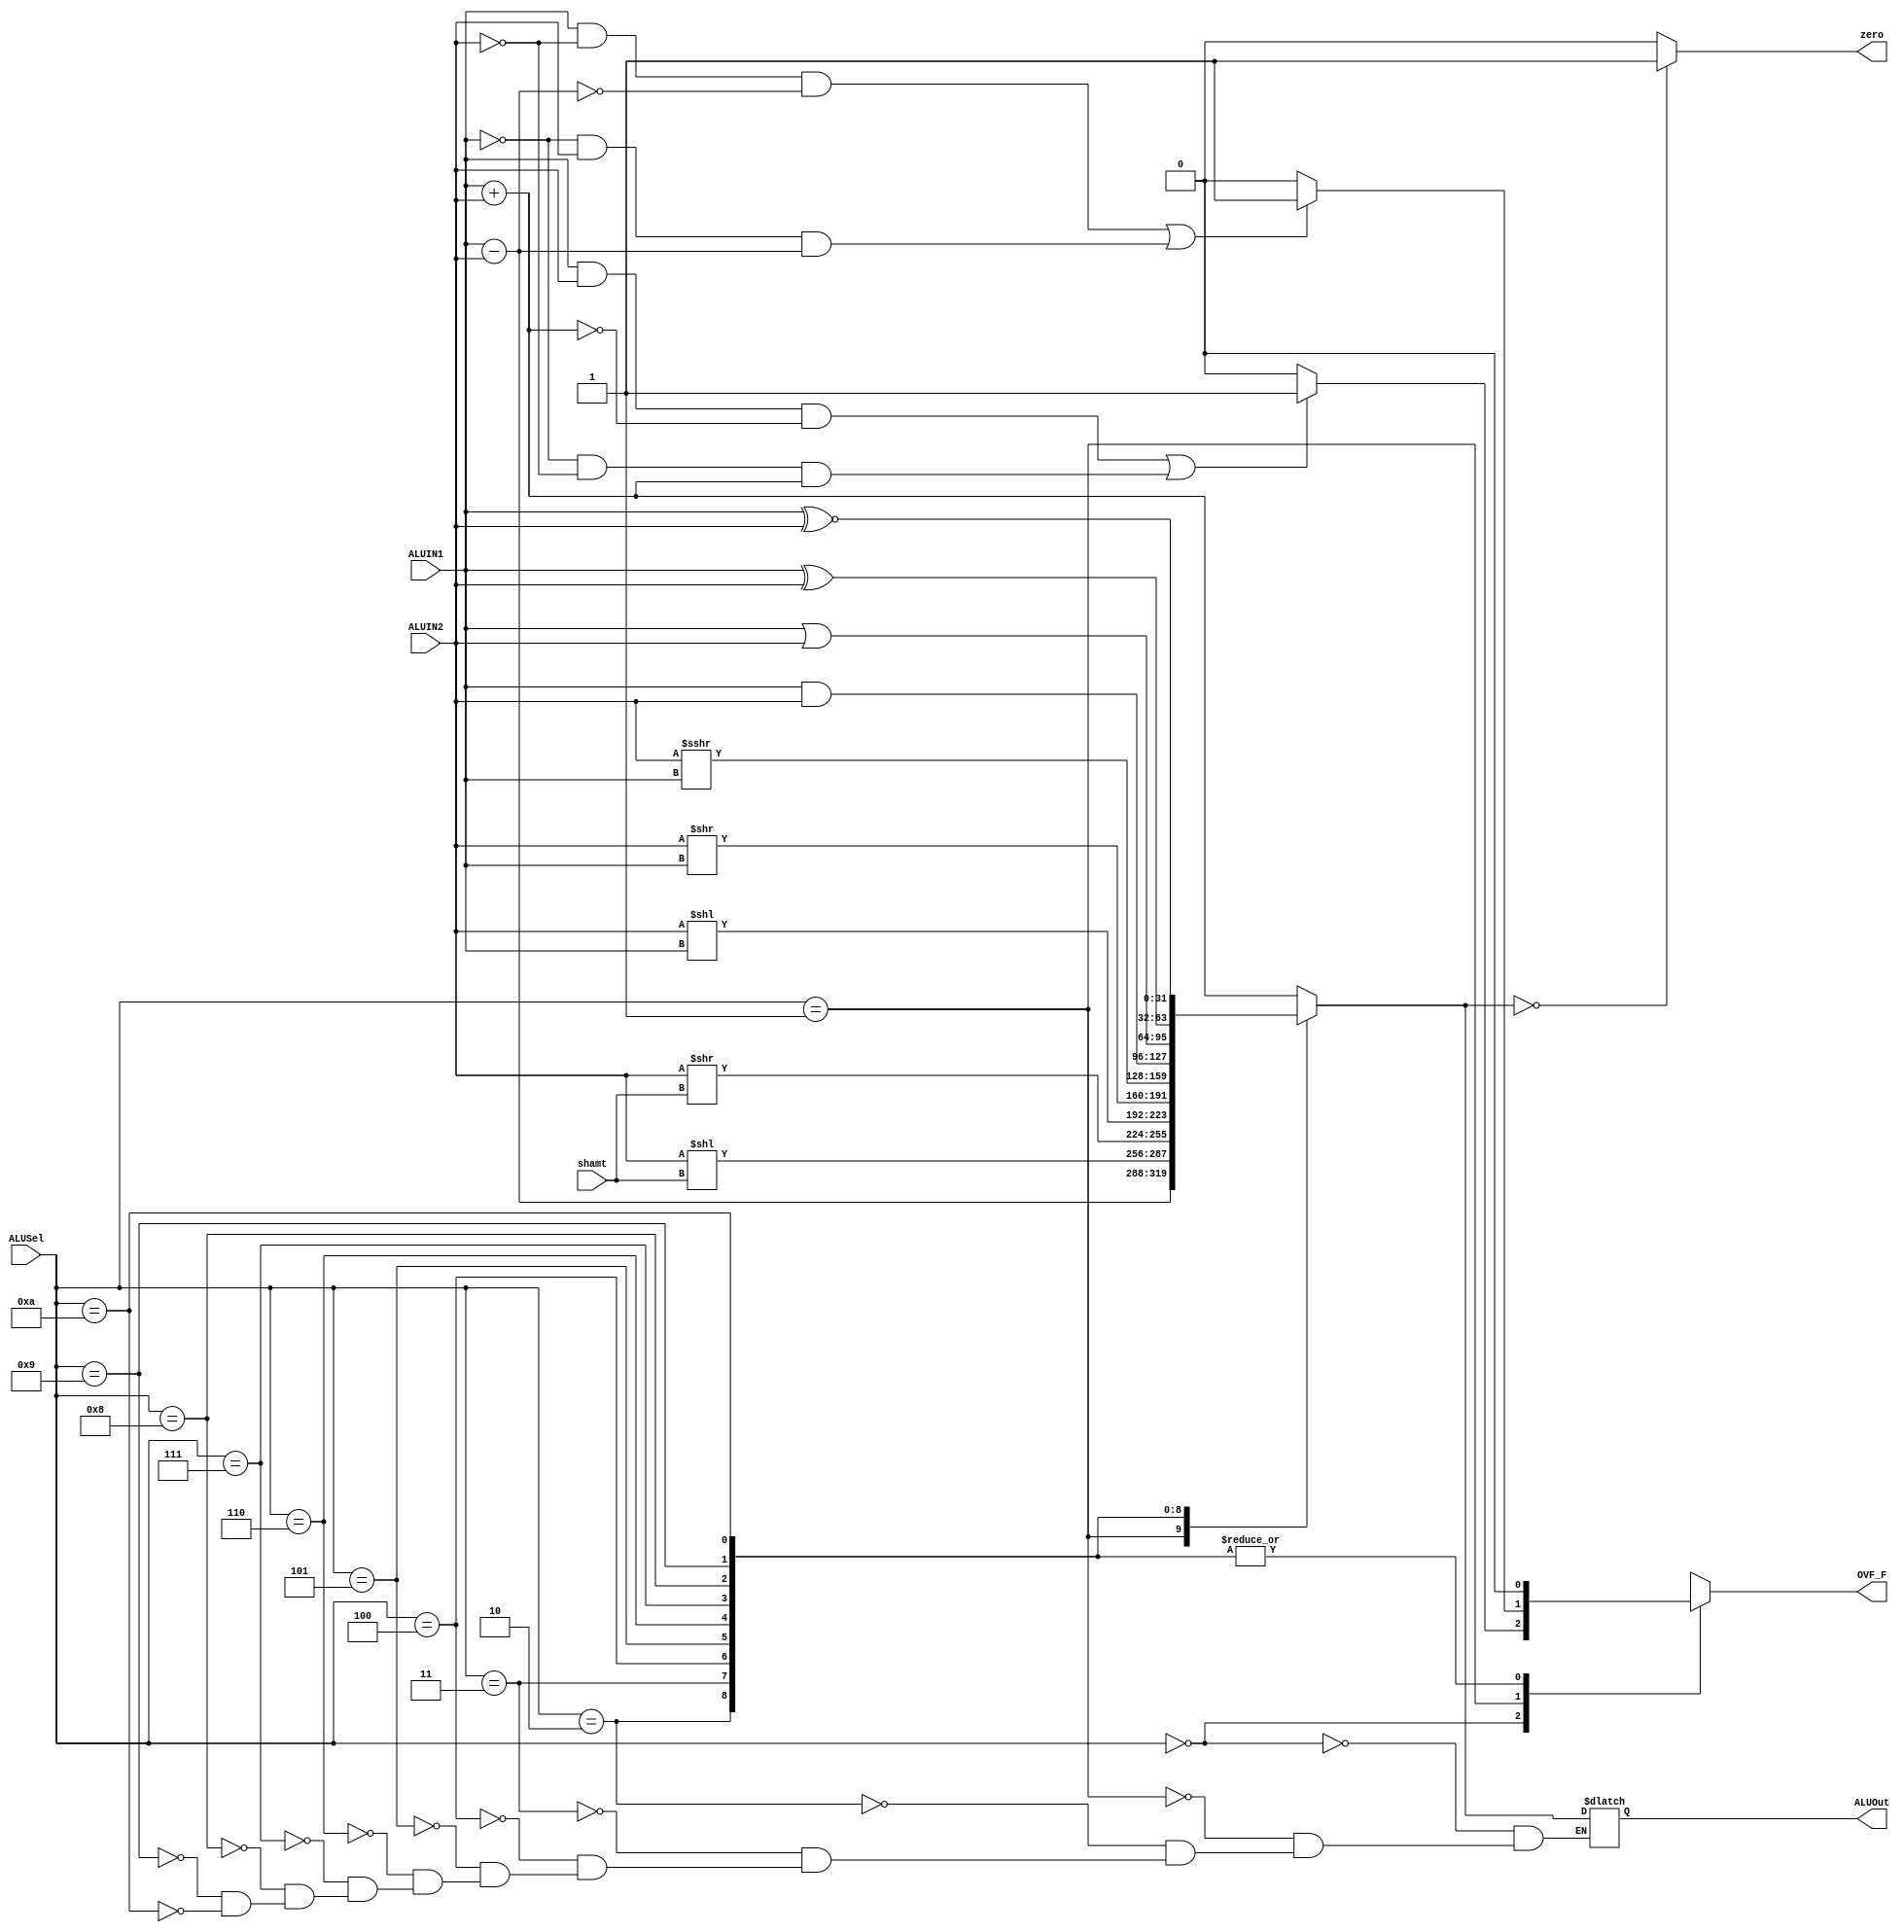
`timescale 1ns / 1ps
//////////////////////////////////////////////////////////////////////////////////
// Company: 
// Engineer: 
// 
// Design Name: 
// Module Name: MCP_ALU
// Project Name: 
// Target Devices: 
// Tool Versions: 
// Description: 
// 
// Dependencies: 
// 
// Revision:
// Revision 0.01 - File Created
// Additional Comments:
// 
//////////////////////////////////////////////////////////////////////////////////


module MCP_ALU #(parameter WL = 32)
           (input wire [3:0] ALUSel, 
            input wire [4:0] shamt,
            input wire signed [WL-1:0] ALUIN1, ALUIN2,
            output reg zero, OVF_F,
            output reg signed [WL-1:0] ALUOut);     //FIXME: should ALUOut be WL bits and not WL - 1? For add ops it should right?
    
    //ALU Table of contents
    //ALUSel    Operation
    // 0000     Add
    // 0001     Sub
    // 0010     LSL     (Logical Left Shift)
    // 0011     LSR     (Logical Right Shift)
    // 0100     LSVL    (Logical Variable Left Shift)
    // 0101     LSVR    (Logical Variable Right Shift)
    // 0110     AVSR    (Arithmetic Variable Right shift)
    // 0111     bitwise AND     (&)
    // 1000     bitwise OR      (|)
    // 1001     bitwise XOR     (^)
    // 1010     bitwise XNOR    (~^)

    
    
    
    always @(shamt, ALUSel, ALUIN1, ALUIN2)
    begin
        case(ALUSel)
            4'b0000:
            begin
                //ADDITION
                ALUOut = ALUIN1 + ALUIN2;
                //OVF check
                if((ALUIN1 && ALUIN2 && !ALUOut) || //ADD OVF case 1: pos + pos = neg
                   (!ALUIN1 && !ALUIN2 && ALUOut))  //ADD OVF case 2: neg + neg = pos
                    OVF_F = 1'b1;   
                else
                    OVF_F = 1'b0;
            end
            4'b0001:
            begin
                //SUBTRACTION
                ALUOut = ALUIN1 - ALUIN2;
                //OVF check
                if((ALUIN1 && !ALUIN2 && !ALUOut) || //SUB OVF case 1: pos - neg = neg
                   (!ALUIN1 && ALUIN2 && ALUOut))    //SUB OVF case 2: neg - pos = pos
                    OVF_F = 1'b1;
                else
                    OVF_F = 1'b0;
            end
            4'b0010:
            begin
                //LOGICAL LEFT SHIFT
                ALUOut = ALUIN2 << shamt;   
                OVF_F = 1'b0;
            end
            4'b0011:
            begin
                //LOGICAL RIGHT SHIFT
                ALUOut = ALUIN2 >> shamt;
                OVF_F = 1'b0;
            end
            4'b0100:
            begin
                //logical variable shift left
                ALUOut = ALUIN2 << ALUIN1;
                OVF_F = 1'b0;
            end
            4'b0101:
            begin
                //logical variable shift right
                ALUOut = ALUIN2 >> ALUIN1;
                OVF_F = 1'b0;
            end
            4'b0110:
            begin
                //arithmetic variable shift right
                ALUOut = ALUIN2 >>> ALUIN1;
                OVF_F = 1'b0;
            end
            4'b0111:
            begin
                //bitwise AND (&)
                ALUOut = ALUIN1 & ALUIN2;
                OVF_F = 1'b0;
            end
            4'b1000:
            begin
                //bitwise OR (|)
                ALUOut = ALUIN1 | ALUIN2;
                OVF_F = 1'b0;
            end
            4'b1001:
            begin
                //BITWISE XOR (^)
                ALUOut = ALUIN1 ^ ALUIN2;
                OVF_F = 1'b0;
            end
            4'b1010:
            begin
                //BITWISE XNOR
                ALUOut = ALUIN1 ~^ ALUIN2;
                OVF_F = 1'b0;
            end
            default : //Nah, instead lets say ALUOut keeps its values   //raise to X's
            begin
                ALUOut = ALUOut;    //32'hXXXXXXXXXXXXXXXXXXXXXXXXXXXXXXXX;
                zero = 1'bX;
                OVF_F = 1'bX;
            end
        endcase
        if(ALUOut == 0)
            zero = 1'b1;
        else
            zero = 1'b0;
    end
endmodule